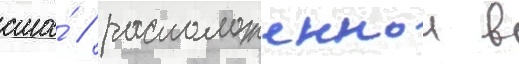
сша́ / расположеннои в